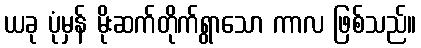
ယခု ပုံမှန် မိုးဆက်တိုက်ရွာသော ကာလ ဖြစ်သည်။